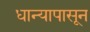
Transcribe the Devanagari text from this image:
धान्यापासून